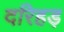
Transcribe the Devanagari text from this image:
दरिहड़